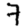
Digit: 7